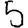
Digit: 5